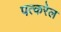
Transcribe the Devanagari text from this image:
पत्करेल